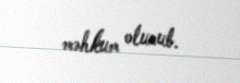
məhkum olunub.